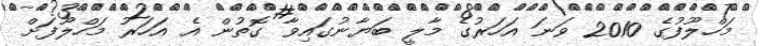
މަހްލޫފުގެ 2010 ވަނަ އަހަރުގެ މާލީ ބަޔާނުގައިވާ ގޮތުން އެ އަހަރު މަހްލޫފަށް